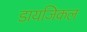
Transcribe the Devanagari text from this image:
डायजिकल